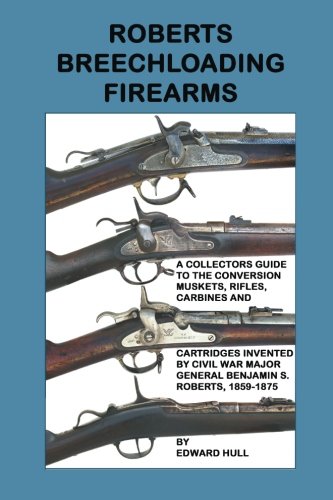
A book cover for Roberts Breechloading Firearms; Edward Hull; Crafts, Hobbies & Home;